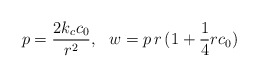
\begin{align*}p=\frac{2 k_{c} c_{0}}{r^2},~~w=p\,r\,(1+\frac{1}{4} r c_{0})\end{align*}